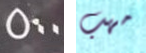
500 مهب